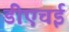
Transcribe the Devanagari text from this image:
डीएचई